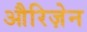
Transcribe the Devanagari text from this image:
औरिज़ेन